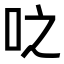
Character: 𫩝